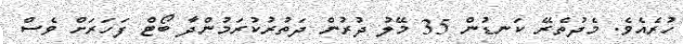
ހުރެއެވެ. މެދުތެރޭ ކަނޑުން 35 މޭލު ދުރުން ދަތުރުކުރަމުންދާ ބޯޓް ފަހަރަށް ވެސް